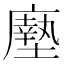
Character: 𫸃